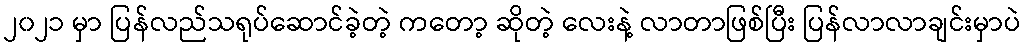
၂၀၂၁ မှာ ပြန်လည်သရုပ်ဆောင်ခဲ့တဲ့ ကတော့ ဆိုတဲ့ လေးနဲ့ လာတာဖြစ်ပြီး ပြန်လာလာချင်းမှာပဲ